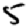
Digit: 5